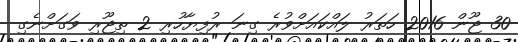
30 ޖޫން 2016 ހަތަރު ލައްކައަށްވުރެ ގިނަ ރުފިޔާހުރި 2 ތިޖޫރި ވަގަށްނެގި